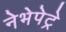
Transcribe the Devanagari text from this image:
नेभेपेट्रे